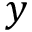
y